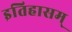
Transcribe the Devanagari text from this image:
इतिहासम्